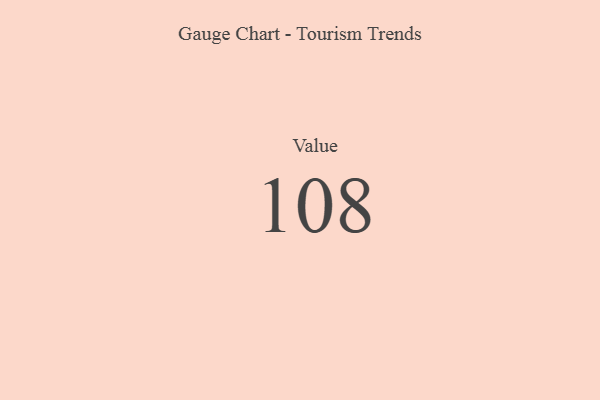
{"axis": {"x": "Metric", "y": "Value"}, "legend": [""], "data": [{"x": "Value", "y": 108, "type": ""}]}